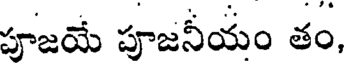
పూజయే పూజనీయం తం,